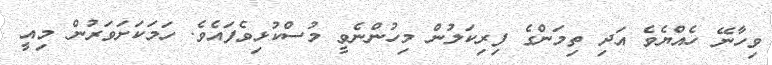
ވިހާނޭ ހެއްޔެވެ އަދި ތިމަންގެ ފިރިކަލުން މިހުންނެވީ މުސްކުޅިވެފައެވެ. ހަމަކަށަވަރުން މިއީ